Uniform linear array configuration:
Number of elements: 48
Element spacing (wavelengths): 0.25
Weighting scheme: uniform
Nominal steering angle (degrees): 0
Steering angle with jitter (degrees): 0.8499
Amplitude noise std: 0.05
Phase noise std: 0.05

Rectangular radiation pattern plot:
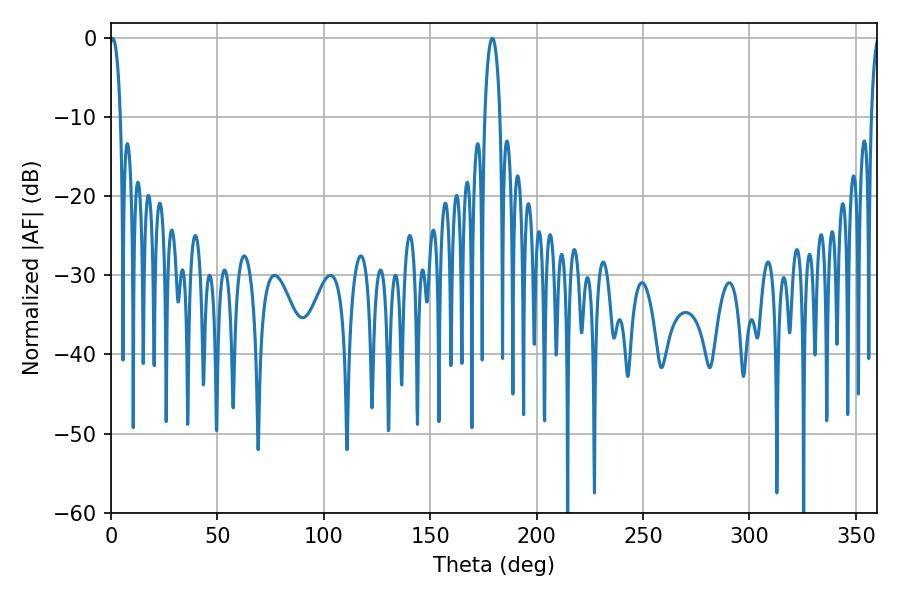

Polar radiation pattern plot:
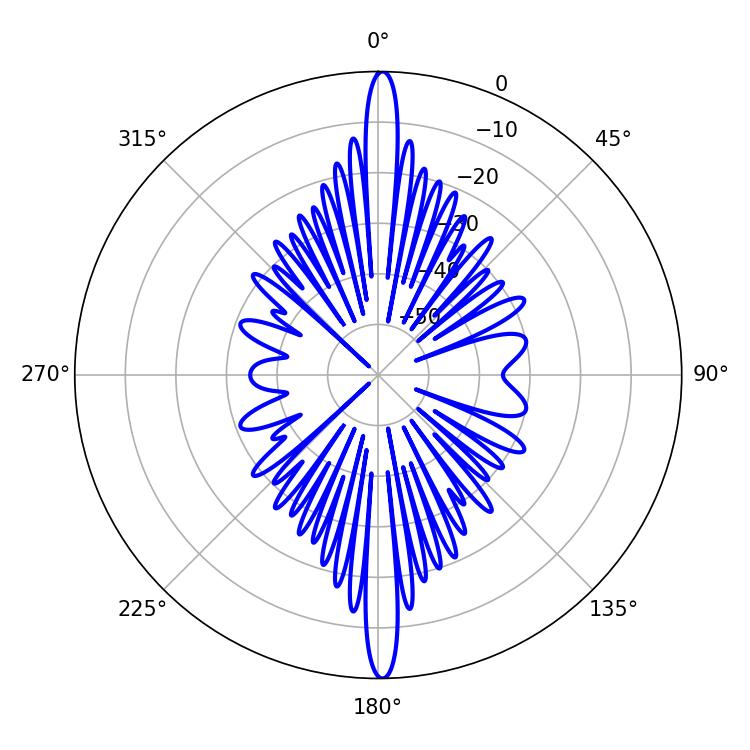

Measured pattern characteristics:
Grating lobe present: FALSE
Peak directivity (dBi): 28.317
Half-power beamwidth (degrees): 2.88
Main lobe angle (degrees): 0.9